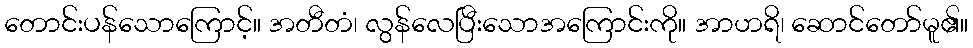
တောင်းပန်သောကြောင့်။ အတီတံ၊ လွန်လေပြီးသောအကြောင်းကို။ အာဟရိ၊ ဆောင်တော်မူ၏။